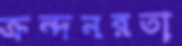
ক্রন্দনরতা